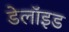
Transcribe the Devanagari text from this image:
डेलॉइड